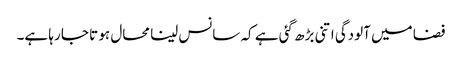
فضا میں آلودگی اتنی بڑھ گئی ہے کہ سانس لینا محال ہو تا جا رہا ہے۔